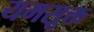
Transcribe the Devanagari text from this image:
यमसूक्त